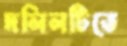
দলিলটিতে